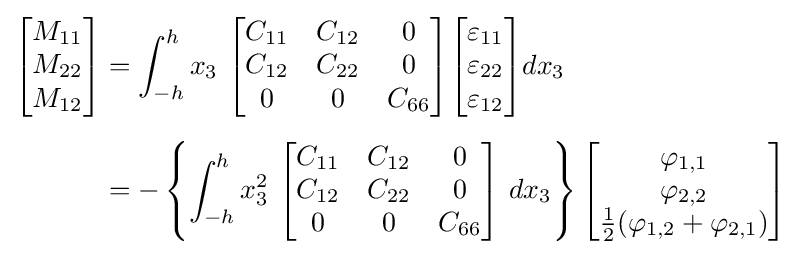
{\begin{aligned}{\begin{bmatrix}M_{11}\\M_{22}\\M_{12}\end{bmatrix}}&=\int _{-h}^{h}x_{3}~{\begin{bmatrix}C_{11}&C_{12}&0\\C_{12}&C_{22}&0\\0&0&C_{66}\end{bmatrix}}{\begin{bmatrix}\varepsilon _{11}\\\varepsilon _{22}\\\varepsilon _{12}\end{bmatrix}}dx_{3}\\[5pt]&=-\left\{\int _{-h}^{h}x_{3}^{2}~{\begin{bmatrix}C_{11}&C_{12}&0\\C_{12}&C_{22}&0\\0&0&C_{66}\end{bmatrix}}~dx_{3}\right\}{\begin{bmatrix}\varphi _{1,1}\\\varphi _{2,2}\\{\frac {1}{2}}(\varphi _{1,2}+\varphi _{2,1})\end{bmatrix}}\end{aligned}}